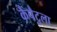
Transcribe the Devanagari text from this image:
कैपैटुला